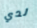
لدي